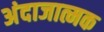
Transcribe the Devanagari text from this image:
अंदाजात्मक